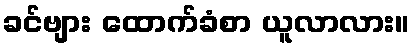
ခင်ဗျား ထောက်ခံစာ ယူလာလား။